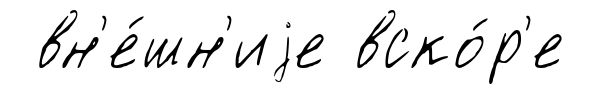
вн'е́шн'иjе вско́р'е